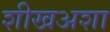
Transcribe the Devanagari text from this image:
शीखअशा